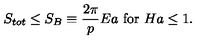
S _ { t o t } \leq S _ { B } \equiv { \frac { 2 \pi } { p } } E a \ \mathrm { f o r } \ H a \leq 1 .